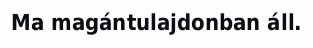
Ma magántulajdonban áll.